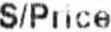
S/PRICE